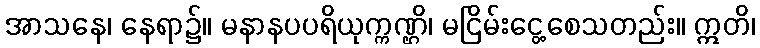
အာသနေ၊ နေရာ၌။ မနာနပပရိယုက္ကဏ္ဌိ၊ မငြိမ်းငွေ့စေသတည်း။ ဣတိ၊